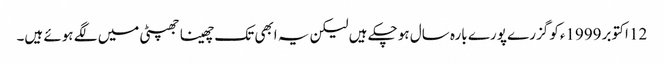
12 اکتوبر 1999ءکو گزرے پورے بارہ سال ہو چکے ہیں لیکن یہ ابھی تک چھینا جھپٹی میں لگے ہوئے ہیں۔